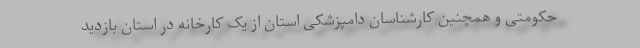
حکومتی و همچنین کارشناسان دامپزشکی استان از یک کارخانه در استان بازدید